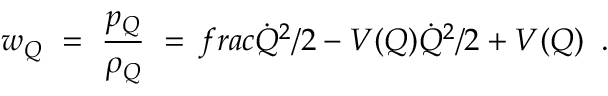
w _ { Q } \ = \ \frac { p _ { Q } } { \rho _ { Q } } \ = \, f r a c { \dot { Q } ^ { 2 } / 2 - V ( Q ) } { \dot { Q } ^ { 2 } / 2 + V ( Q ) } \; \; .